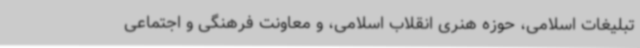
تبلیغات اسلامی، حوزه هنری انقلاب اسلامی، و معاونت فرهنگی و اجتماعی